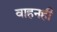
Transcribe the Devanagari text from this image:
वाहनही